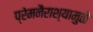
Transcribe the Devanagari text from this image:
प्रेमनैराश्‍यामुळे